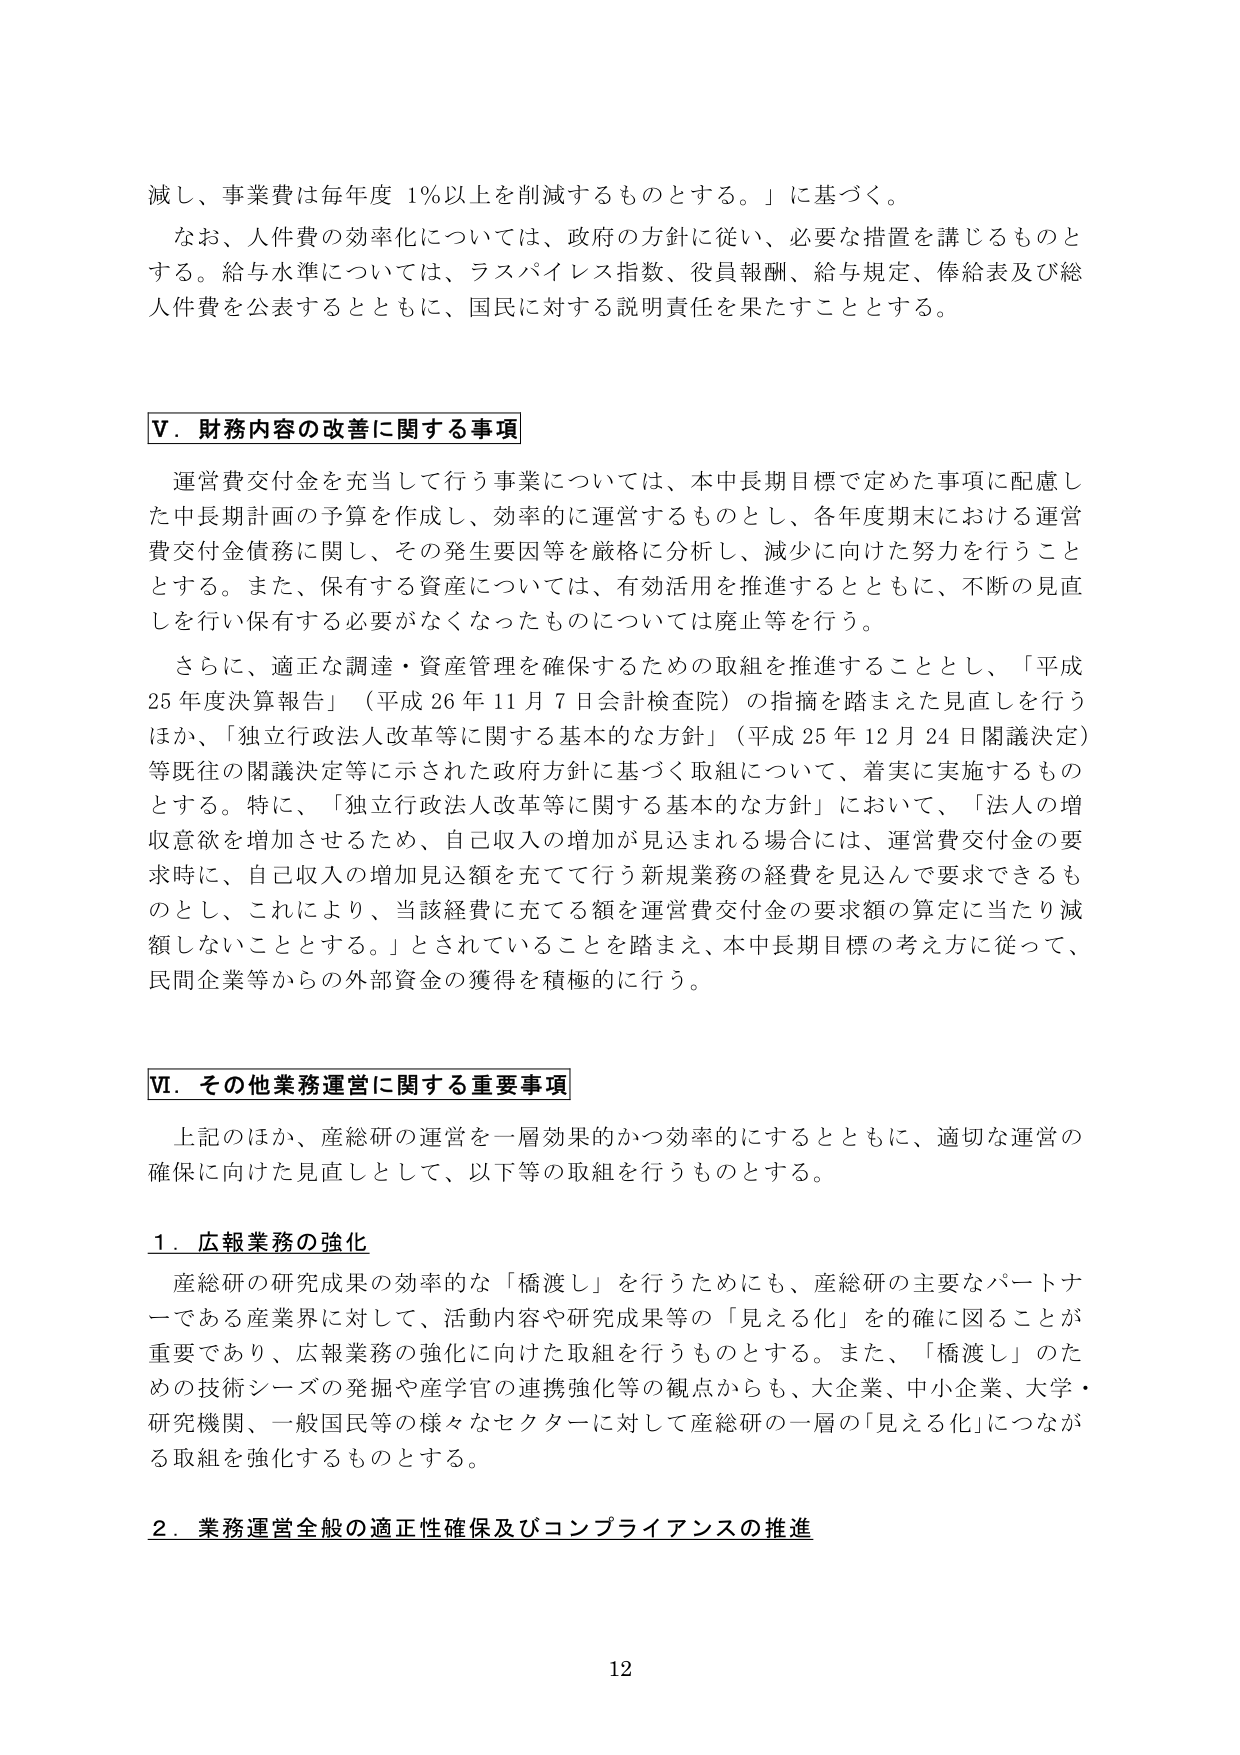
減し、事業費は毎年度 1％以上を削減するものとする。」に基づく。

なお、人件費の効率化については、政府の方針に従い、必要な措置を講じるものとする。給与水準については、ラスパイレス指数、役員報酬、給与規定、俸給表及び総人件費を公表するとともに、国民に対する説明責任を果たすこととする。

Ⅴ．財務内容の改善に関する事項

運営費交付金を充当して行う事業については、本中長期目標で定めた事項に配慮した中長期計画の予算を作成し、効率的に運営するものとし、各年度期末における運営費交付金債務に関し、その発生要因等を厳格に分析し、減少に向けた努力を行うこととする。また、保有する資産については、有効活用を推進するとともに、不断の見直しを行い保有する必要がなくなったものについては廃止等を行う。

さらに、適正な調達・資産管理を確保するための取組を推進することとし、「平成25年度決算報告」（平成26年11月7日会計検査院）の指摘を踏まえた見直しを行うほか、「独立行政法人改革等に関する基本的な方針」（平成25年12月24日閣議決定）等既往の閣議決定等に示された政府方針に基づく取組について、着実に実施するものとする。特に、「独立行政法人改革等に関する基本的な方針」において、「法人の増収意欲を増加させるため、自己収入の増加が見込まれる場合には、運営費交付金の要求時に、自己収入の増加見込額を充てて行う新規業務の経費を見込んで要求できるものとし、これにより、当該経費に充てる額を運営費交付金の要求額の算定に当たり減額しないこととする。」とされていることを踏まえ、本中長期目標の考え方に従って、民間企業等からの外部資金の獲得を積極的に行う。

Ⅵ．その他業務運営に関する重要事項

上記のほか、産総研の運営を一層効果的かつ効率的にするとともに、適切な運営の確保に向けた見直しとして、以下等の取組を行うものとする。

１．広報業務の強化

産総研の研究成果の効率的な「橋渡し」を行うためにも、産総研の主要なパートナーである産業界に対して、活動内容や研究成果等の「見える化」を的確に図ることが重要であり、広報業務の強化に向けた取組を行うものとする。また、「橋渡し」のための技術シーズの発掘や産学官の連携強化等の観点からも、大企業、中小企業、大学・研究機関、一般国民等の様々なセクターに対して産総研の一層の「見える化」につながる取組を強化するものとする。

２．業務運営全般の適正性確保及びコンプライアンスの推進

12